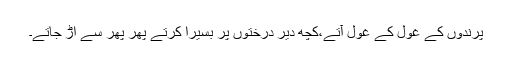
پرندوں کے غول کے غول آتے،کچھ دیر درختوں پر بسیرا کرتے پھر پھر سے اْڑ جاتے۔